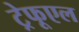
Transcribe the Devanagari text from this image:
ट्रेफूएल